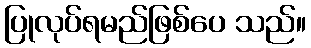
ပြုလုပ်ရမည်ဖြစ်ပေ သည်။